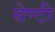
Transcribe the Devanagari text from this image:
सेण्टी